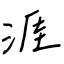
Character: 涯